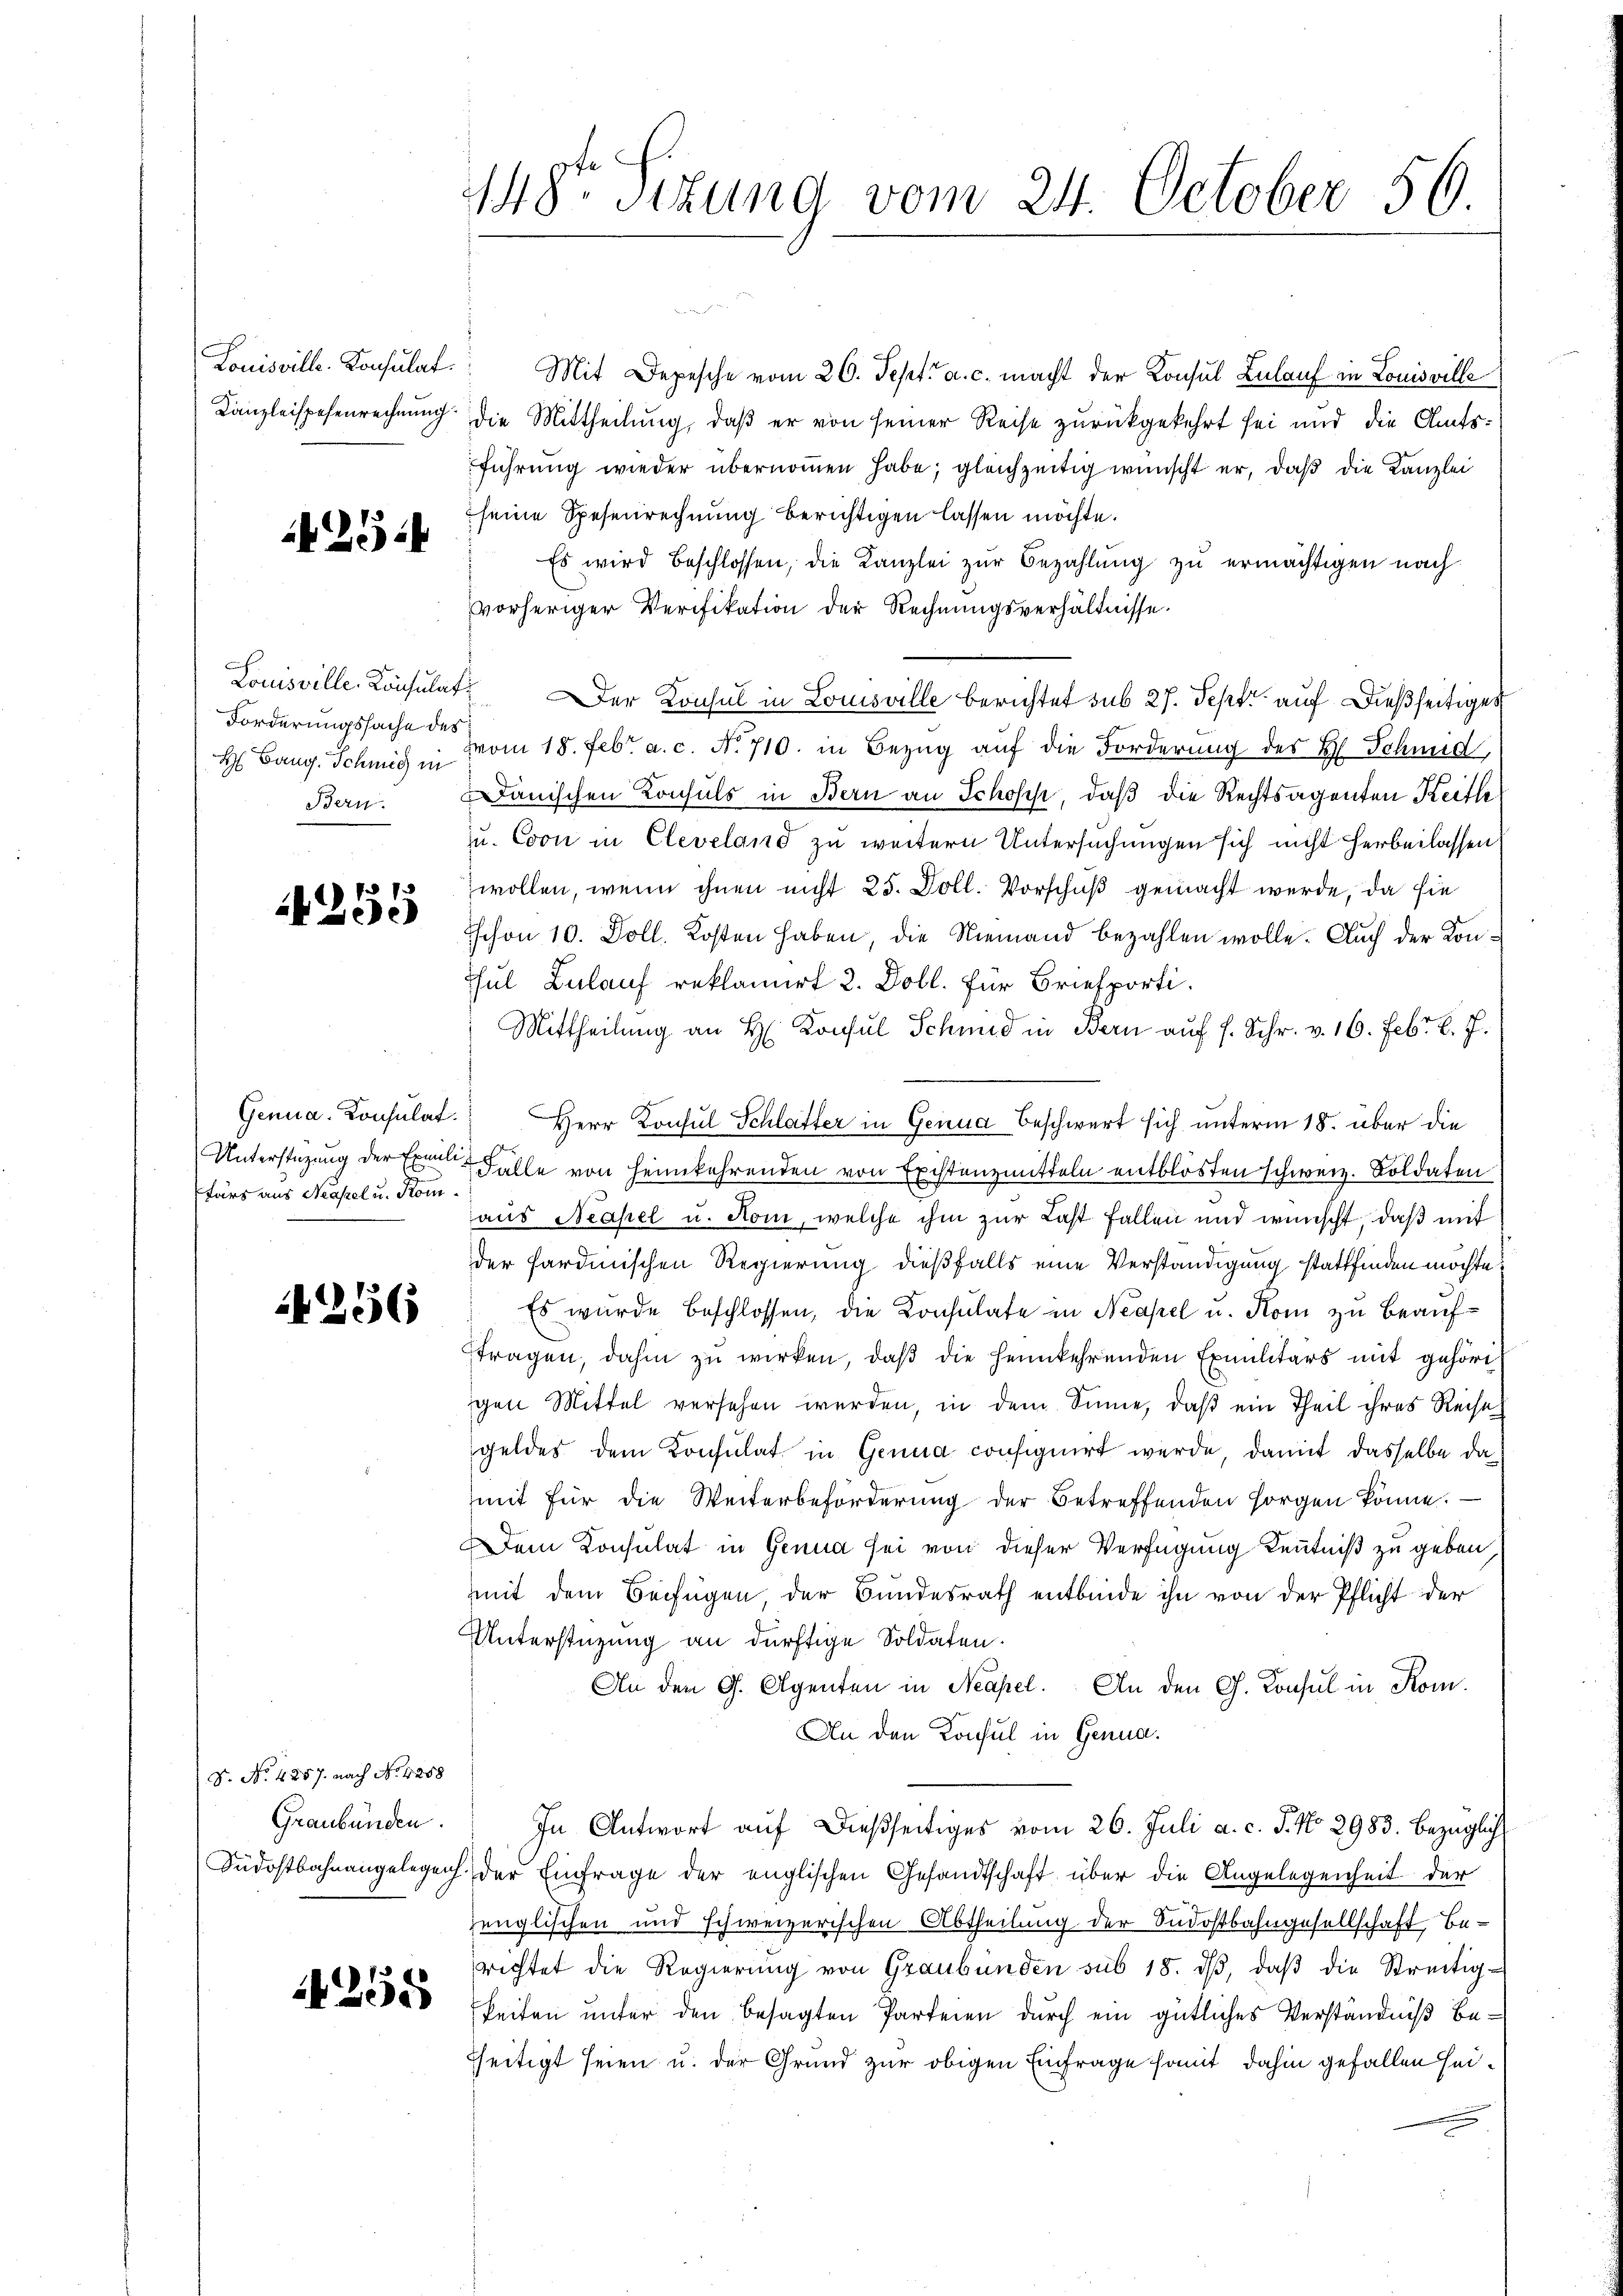
Louisville-Konsulat

2514

Forderungssache des
Bern.

f 1
Zee

Unterstüzung der Exmilie
Etars aus Neapel u. Kom

256

S. No. 4257. nach No 4258
Graubünden.

255

448te Sitzung vom 24. October 56.

Mit Depesche vom 26. Sept. a. c. macht der Konsul Belauf in Louisville
Kanzleispesenrechnŭng die Mittheilŭng, daβ er von seiner Reise zurückgekehrt sei und die Amtsführung wieder übernommen habe; gleichzeitig wünscht er, daß die Kanzlei
seine Spesenrechnung berichtigen lassen möchte.
Es wird beschlossen, die Kanzlei zŭr Bezahlŭng zŭ ermächtigen nach
vorheriger Verifikation der Rechnungsverhältnisse.
Louisville Konsulat. Der Konsul in Louisville berichtet sub 27. Sept auf dießseitiges
H Bang. Schmid in vom 18. Febr. a. c. No. 710. in Bezŭg aŭf die Forderung des H. Schmied
danischen Konsuls in Bern an Schoses, daß die Rechtsagenten Reithe
u. Coon in Cleveland zu weitern Untersuchungen sich nicht herbeilassen
wollen, wenn ihnen nicht 25. Doll. Vorschuß gemacht werde, da sie
Sschon 10. Doll. Kosten haben, die Niemand bezahlen wolle. Auch der Kon¬
Schul Bulauf reklamirt 2. Doll. Für Briefporti¬
Mittheilŭng an H. Konsul Schmid in Bern aŭf f. Schr. v. 16. Febr. l. J.
Genua, Konsulat. Herr Konsul Schlatter in Genua Beschwert sich unterm 18. über die
Falle von Heimkehrenden von Existenzmitteln entblösten schweiz. Soldaten
aus Neapel u. Rom, welche ihm zur Last fallen und wünscht, daß mit
der sardinischen Regierung dießfalls eine Verständigung stattfinden möchte.
Es wurde beschlossen, die Konsulate in Neapel u. Rom zu beauftragen, dahin zu wirken, daß die heimkehrenden Exmilitärs mit gehört
gen Mittel versehen werden, in dem Sinne, daß ein Theil ihres Reise
geldes dem Konsulat in Genua consignirt wurde, damit dasselbe da
mit für die Weiterbeförderŭng der Betreffenden sorgen könne.
Dem Konsulat in Genua sei von dieser Verfügung Kenntniß zu geben,
mit dem Beifügen der Bundesrath entbinde ihn von der Pflicht der
Unterstüzung an dürftige Soldaten.
An den G. Agenten in Neapel. An den G. Konsul in Kom¬
An den Konsul in Genua.
In Antwort auf dießseitiges vom 26. Juli a. c. J. No 2983. bezüglich
Südostbahnangelegen der Einfrage der englischen Gesandtschaft über die Angelegenheit der
zenglischen und schweizerischen Abtheilung der Südostbahngesellschaft Berichtet die Regierŭng von Graubünden sub 18. dβ, daβ die Streitig-
keiten unter den besagten Parteien durch ein gütliches Verständniß behseitigt seien u. der Grund zur obigen Einfrage somit dahin gefallen sei¬